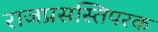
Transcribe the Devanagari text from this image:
राजप्रसस्तिपरक